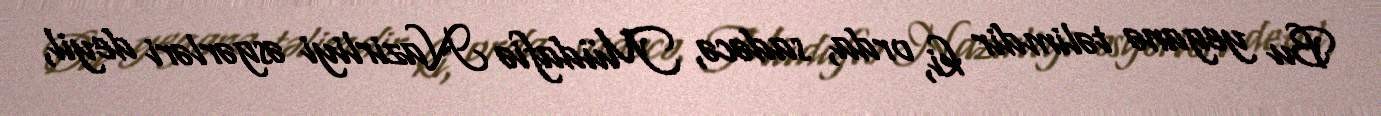
Bu yeganə təlimdir ki, orda, sadəcə, Müdafiə Nazirliyi əsgərləri deyil,